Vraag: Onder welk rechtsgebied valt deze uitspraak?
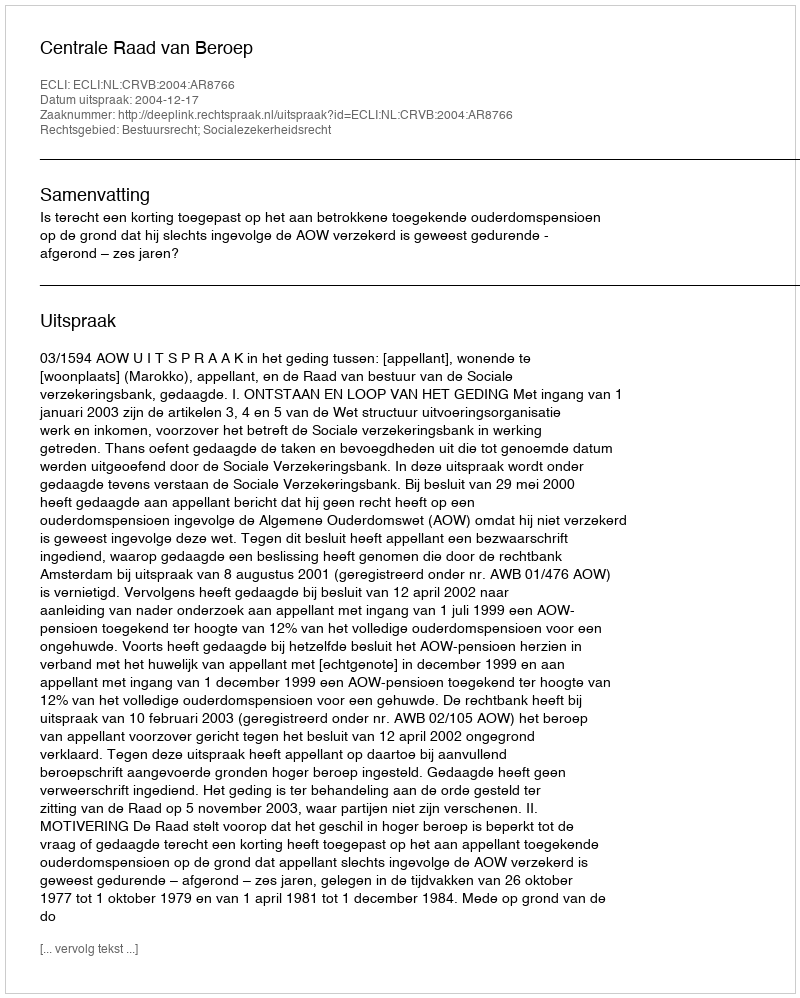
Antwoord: Bestuursrecht; Socialezekerheidsrecht